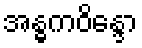
အန္ဓကဝိန္ဒော